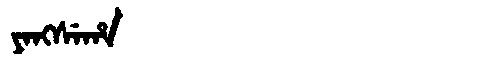
Manchu: ᠶᠠᠩᠰᡝᡥᠠ
Romanization: YANGSEHA